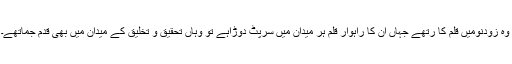
وہ زودنومیں قلم کا رتھے جہاں ان کا راہوار قلم ہر میدان میں سرپٹ دوڑاہے تو وہاں تحقیق و تخلیق کے میدان میں بھی قدم جماتھے۔